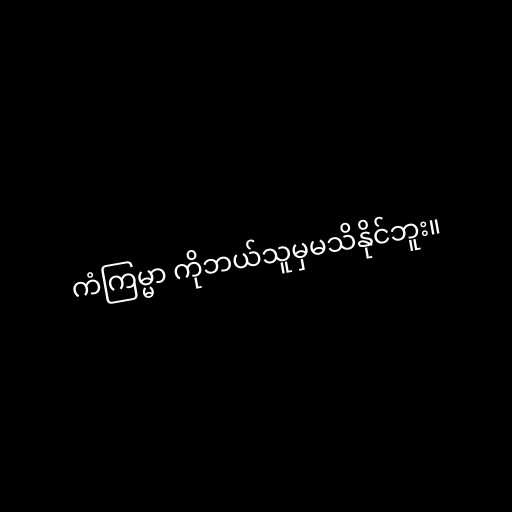
ကံကြမ္မာ ကိုဘယ်သူမှမသိနိုင်ဘူး။